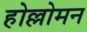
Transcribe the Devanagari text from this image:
होल्लोमन